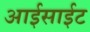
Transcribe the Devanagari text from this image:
आईसाईट